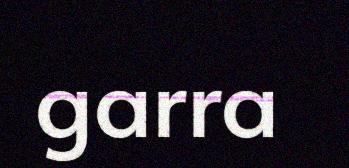
garra